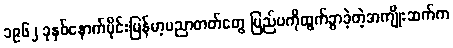
၁၉၆၂ ခုနှစ်နောက်ပိုင်းမြန်မာ့ပညာတတ်တွေ ပြည်ပကိုထွက်ခွာခဲ့တဲ့အကျိုးဆက်က